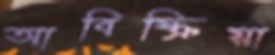
আবিষ্ক্রিয়া